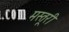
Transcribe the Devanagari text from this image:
मस्तूरी